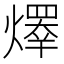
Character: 𤏵